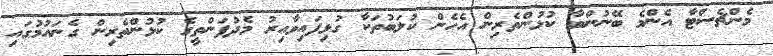
މެންޗެސްޓާ އެންމެ ބޭނުންވާ ކުޅުންތެރިން އެހެން ކުލަބުތަކާ ގުޅިފައިވާއިރު މެދުފަންތީގެ ކުޅުންތެރިން ގެނައުމުގައި